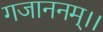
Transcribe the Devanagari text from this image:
गजाननम्।।